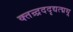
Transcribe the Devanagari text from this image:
क्तन्र्द्रददृद्यत्द्मथ्र्